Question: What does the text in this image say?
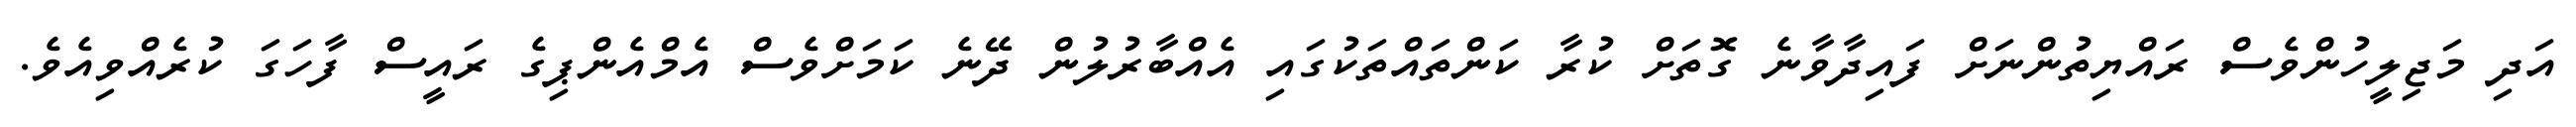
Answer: އަދި މަޖިލީހުންވެސް ރައްޔިތުންނަށް ފައިދާވާނެ ގޮތަށް ކުރާ ކަންތައްތަކުގައި އެއްބާރުލުން ދޭނެ ކަމަށްވެސް އެމްއެންޕިގެ ރައީސް ފާހަގަ ކުރެއްވިއެވެ.